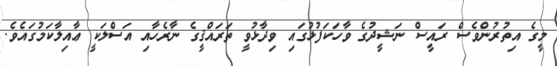
މީގެ އިތުރުންވެސް ރައީސް ނަޝީދުގެ ވާހަކަފުޅުގައި ވިދާޅުވީ ތަރައްޤީގެ ނާރެހާއި އަސްލަކީ ޢާއިލާކަމުގައެވެ.